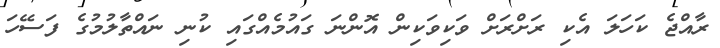
ރާއްޖެ ކަހަލަ އެކި ރަށްރަށް ވަކިވަކިން އޮންނަ ގައުމެއްގައި ކުނި ނައްތާލުމުގެ ފަސޭހަ